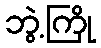
ဘွဲ့ကြို